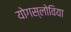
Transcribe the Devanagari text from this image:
योगस्लोविया